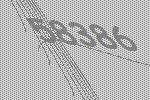
58386